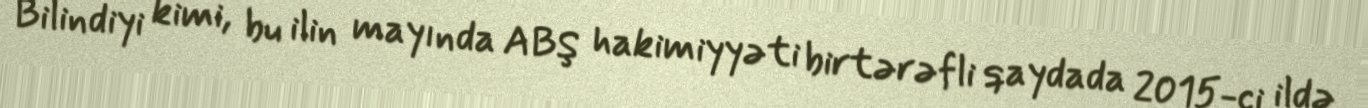
Bilindiyi kimi, bu ilin mayında ABŞ hakimiyyəti birtərəfli qaydada 2015-ci ildə